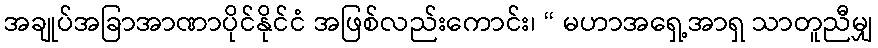
အချုပ်အခြာအာဏာပိုင်နိုင်ငံ အဖြစ်လည်းကောင်း၊ “ မဟာအရှေ့အာရှ သာတူညီမျှ